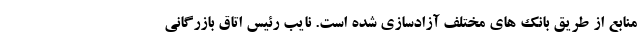
منابع از طریق بانک های مختلف آزادسازی شده است. نایب رئیس اتاق بازرگانی